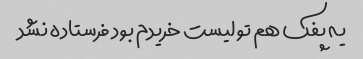
یه پفک هم تو لیست خریدم بود فرستاده نشد